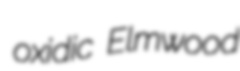
oxidic Elmwood